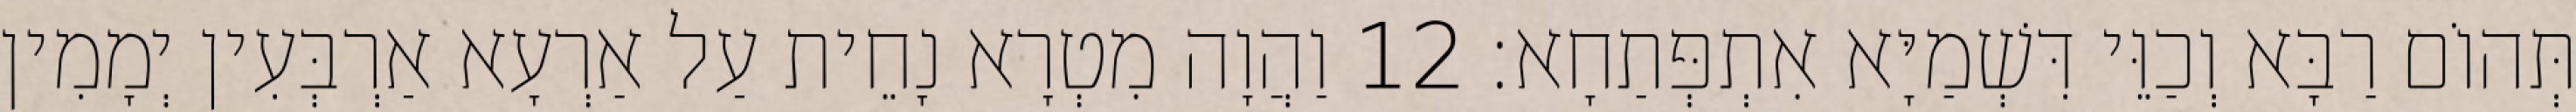
תְּהוֹם רַבָּא וְכַוֵּי דִּשְׁמַיָּא אִתְפְּתַחָא׃ 12 וַהֲוָה מִטְרָא נָחֵית עַל אַרְעָא אַרְבְּעִין יְמָמִין